[Report on the health of British troops in the Madras command]
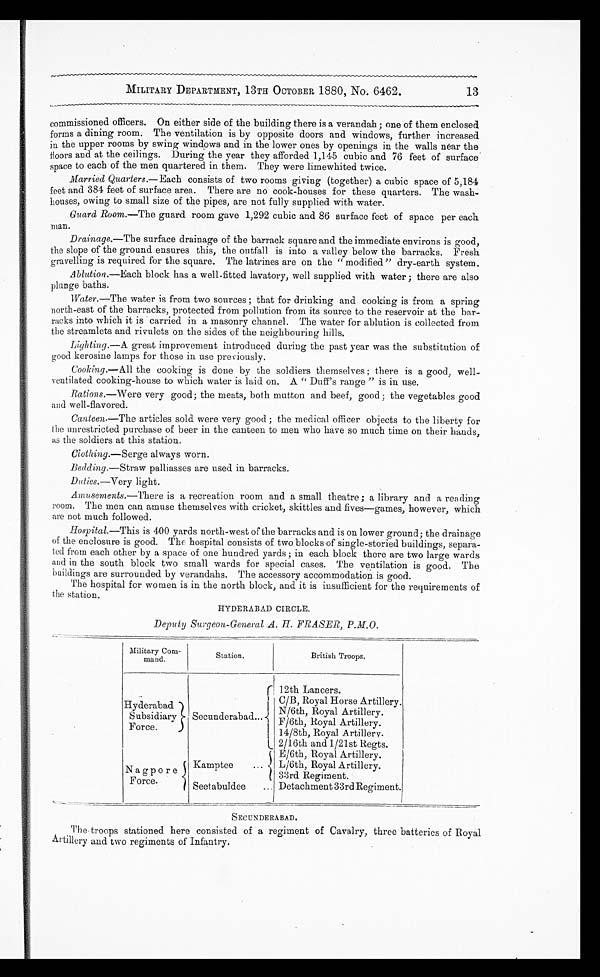
MILITARY DEPARTMENT, 13TH OCTOBER 1880, No. 6462.
commissioned officers. On either side of the building there is a verandah ; one of them enclosed
forms a dining room. The ventilation is by opposite doors and windows, further increased
in the upper rooms by swing windows and in the lower ones by openings in the walls near the
floors and at the ceilings. During the year they afforded 1,145 cubic and 76 feet of surface
space to each of the men quartered in them. They were limewhited twice.
Married Quarters .—Each consists of two rooms giving (together) a cubic space of 5,184
feet and 384 feet of surface area. There are no cook-houses for these quarters. The wash-
houses, owing to small size of the pipes, are not fully supplied with water.
Guard Room.—The guard room gave 1,292 cubic and 86 surface feet of space per each
man.
Drainage.—The surface drainage of the barrack square and the immediate environs is good,
the slope of the ground ensures this, the outfall is into a valley below the barracks. Fresh
gravelling is required for the square. The latrines are on the "modified" dry-earth system.
Ablution.—Each
block has a well-fitted lavatory, well supplied with water; there are also
plunge baths.
Water.—The water is from two sources; that for drinking and cooking is from a spring
north-east of the barracks, protected from pollution from its source to the reservoir at the bar-
racks into which it is carried in a masonry channel. The water for ablution is collected from
the streamlets and rivulets on the sides of the neighbouring hills.
Lighting.— A great improvement introduced during the past year was the substitution of
good kerosine lamps for those in use previously.
Cooking.— All the cooking is done by the soldiers themselves; there is a good, well-
ventilated cooking-house to which water is laid on. A " Duff's range" is in use.
.Rations.—Were very good; the meats, both mutton and beef, good; the vegetables good
and well-flavored.
Canteen—The articles sold were very good; the medical officer objects to the liberty for
the unrestricted purchase of beer in the canteen to men who have so much time on their hands,
as the soldiers at this station.
Clothing.— Serge always worn.
Bedding.— Straw palliasses are used in barracks.
Duties.—Very light.
Amusements.— There is a recreation room and a small theatre; a library and a reading
room. The men can amuse themselves with cricket, skittles and fives—games, however, which
are not much followed.
Hospital.—This is 400 yards north-west of the barracks and is on lower ground; the drainage
of the enclosure is good. The hospital consists of two blocks of single-storied buildings, separa
-
ted from each other by a space of one hundred yards; in each block there are two large wards
and in the south block two small wards for special cases. The ventilation is good. The
buildings are surrounded by verandahs. The accessory accommodation is good.
The hospital for women is in the north block, and it is insufficient for the requirements of
the station.
HYDERABAD CIRCLE.
Deputy Surgeon-General A. H. FRASER, P.M.O.
Military Com
-mand.
Station.
British Troops.
Hyderabad
Subsidiary
Force.
S e c u n d e r a b a d . . .
12th Lancers.
C/B, Royal Horse Artillery.
N/6th, Royal Artillery.
F/6th, Royal Artillery.
14/8th, Royal Artillery.
2/16th and 1/21st Regts.
E/6th, Royal Artillery.
Nagpore
Force.
Kamptee . . .
L/6th, Royal Artillery.
33rd Regiment.
Seetabuldee . . .
Detachment 33rd Regiment.
SECUNDERABAD.
The troops stationed here consisted of a regiment of Cavalry, three batteries of Royal
Artillery and two regiments of Infantry.
13